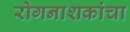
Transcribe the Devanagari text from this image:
रोगनाशकांचा